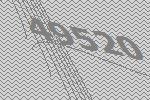
49520